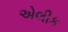
એલીક